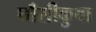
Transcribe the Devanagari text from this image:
घाँसीकुवा